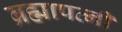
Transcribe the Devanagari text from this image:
ब्रह्मापत्नी